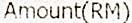
AMOUNT(RM)